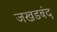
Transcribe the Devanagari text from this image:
जखडबंद